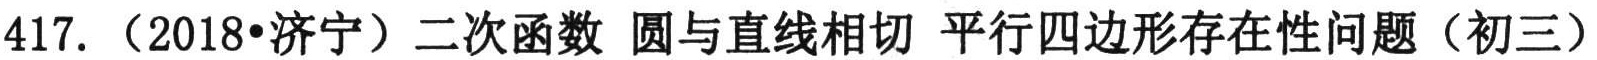
417. （2018•济宁）二次函数 圆与直线相切 平行四边形存在性问题（初三）